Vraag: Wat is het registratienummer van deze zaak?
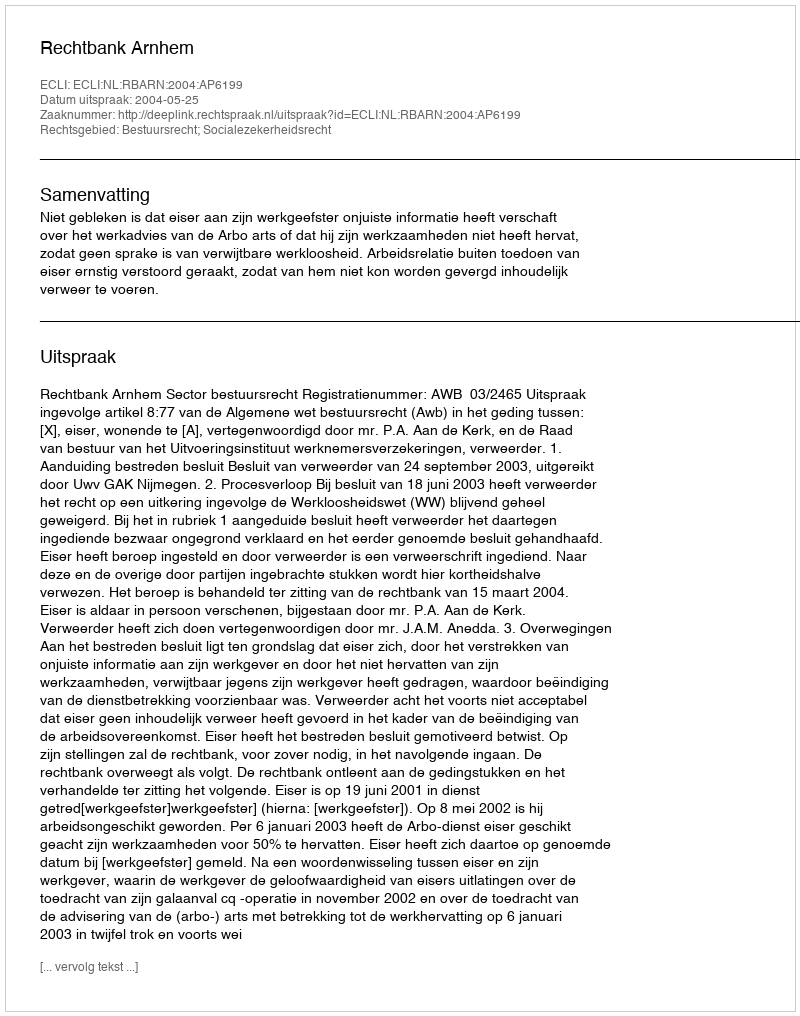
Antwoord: http://deeplink.rechtspraak.nl/uitspraak?id=ECLI:NL:RBARN:2004:AP6199